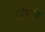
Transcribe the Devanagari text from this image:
एइध्रोप्रोरा